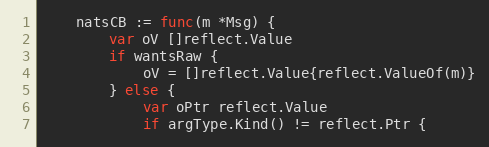
Language: Go
	natsCB := func(m *Msg) {
		var oV []reflect.Value
		if wantsRaw {
			oV = []reflect.Value{reflect.ValueOf(m)}
		} else {
			var oPtr reflect.Value
			if argType.Kind() != reflect.Ptr {